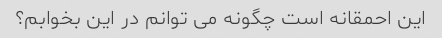
این احمقانه است چگونه می توانم در این بخوابم؟